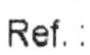
REF. :